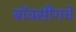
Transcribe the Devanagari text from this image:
बॉक्सींगचे